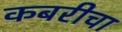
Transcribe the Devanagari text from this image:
कबरीचा